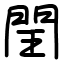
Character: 閏